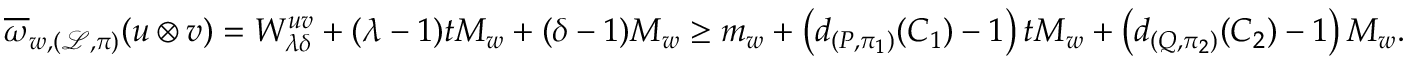
\overline { { \omega } } _ { w , ( \mathcal { L } , \pi ) } ( \boldsymbol { u } \otimes \boldsymbol { v } ) = W _ { \lambda \delta } ^ { \boldsymbol { u v } } + ( \lambda - 1 ) t M _ { w } + ( \delta - 1 ) M _ { w } \geq m _ { w } + \left( d _ { ( P , \pi _ { 1 } ) } ( C _ { 1 } ) - 1 \right) t M _ { w } + \left( d _ { ( Q , \pi _ { 2 } ) } ( C _ { 2 } ) - 1 \right) M _ { w } .